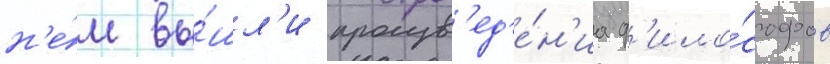
н'е́м вы́шл'и произв'ед'е́н'иа ф'ило́софов